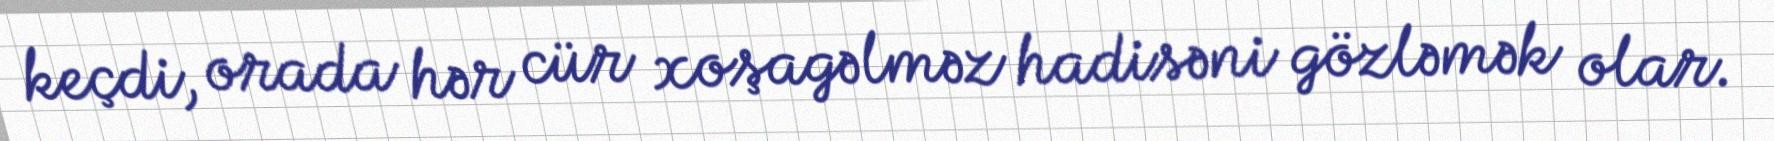
keçdi, orada hər cür xoşagəlməz hadisəni gözləmək olar.